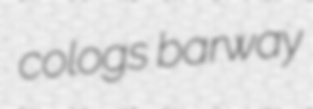
cologs barway